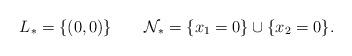
LaTeX: \begin{align*}L_\ast = \{ (0,0) \}\quad\quad\mathcal{N}_\ast = \{x_1 = 0\}\cup\{x_2 = 0\}.\end{align*}